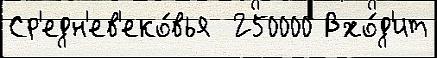
Ср'едн'ев'еко́вья  250000 Вхо́д'ит